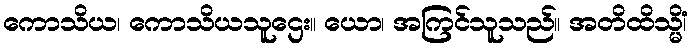
ကောသိယ၊ ကောသိယသူဌေး။ ယော၊ အကြင်သူသည်။ အတိထိသ္မိံ၊